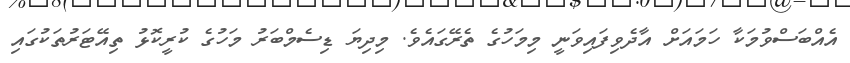
އެއްބަސްވުމަކާ ހަމައަށް އާދެވިފައިވަނީ މިމަހުގެ ތެރޭގައެވެ. މިދިޔަ ޑިސެމްބަރު މަހުގެ ކުރީކޮޅު ތިއޭޓަރުތަކުގައި